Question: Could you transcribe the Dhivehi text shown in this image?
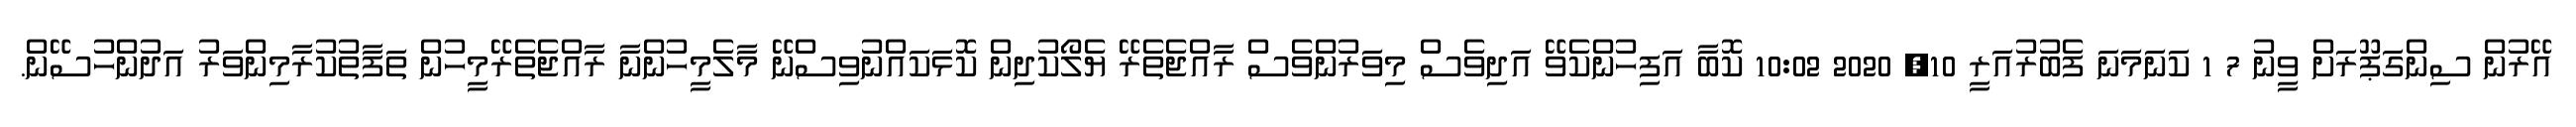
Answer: އޭރުން ސިންގަޕޫރަށް ވީނު 7 1 ކަނަމަނަ ފެބުރުއަރީ 10, 2020 10:02 ކޮބާ އަފިހުންކެވޭ އަދިވެސް މިވަރުންވެސް ރާއްޖެތެރޭ ޔެލޯކުދިން ކޮޅަކައްނުވިސްނޭ މާލެމީހުންނާ ރާއްޖެތެރޭމީހުން ތަފާތުކުރާމިންވަރު އަދުންހުސޭން.